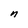
Character: n